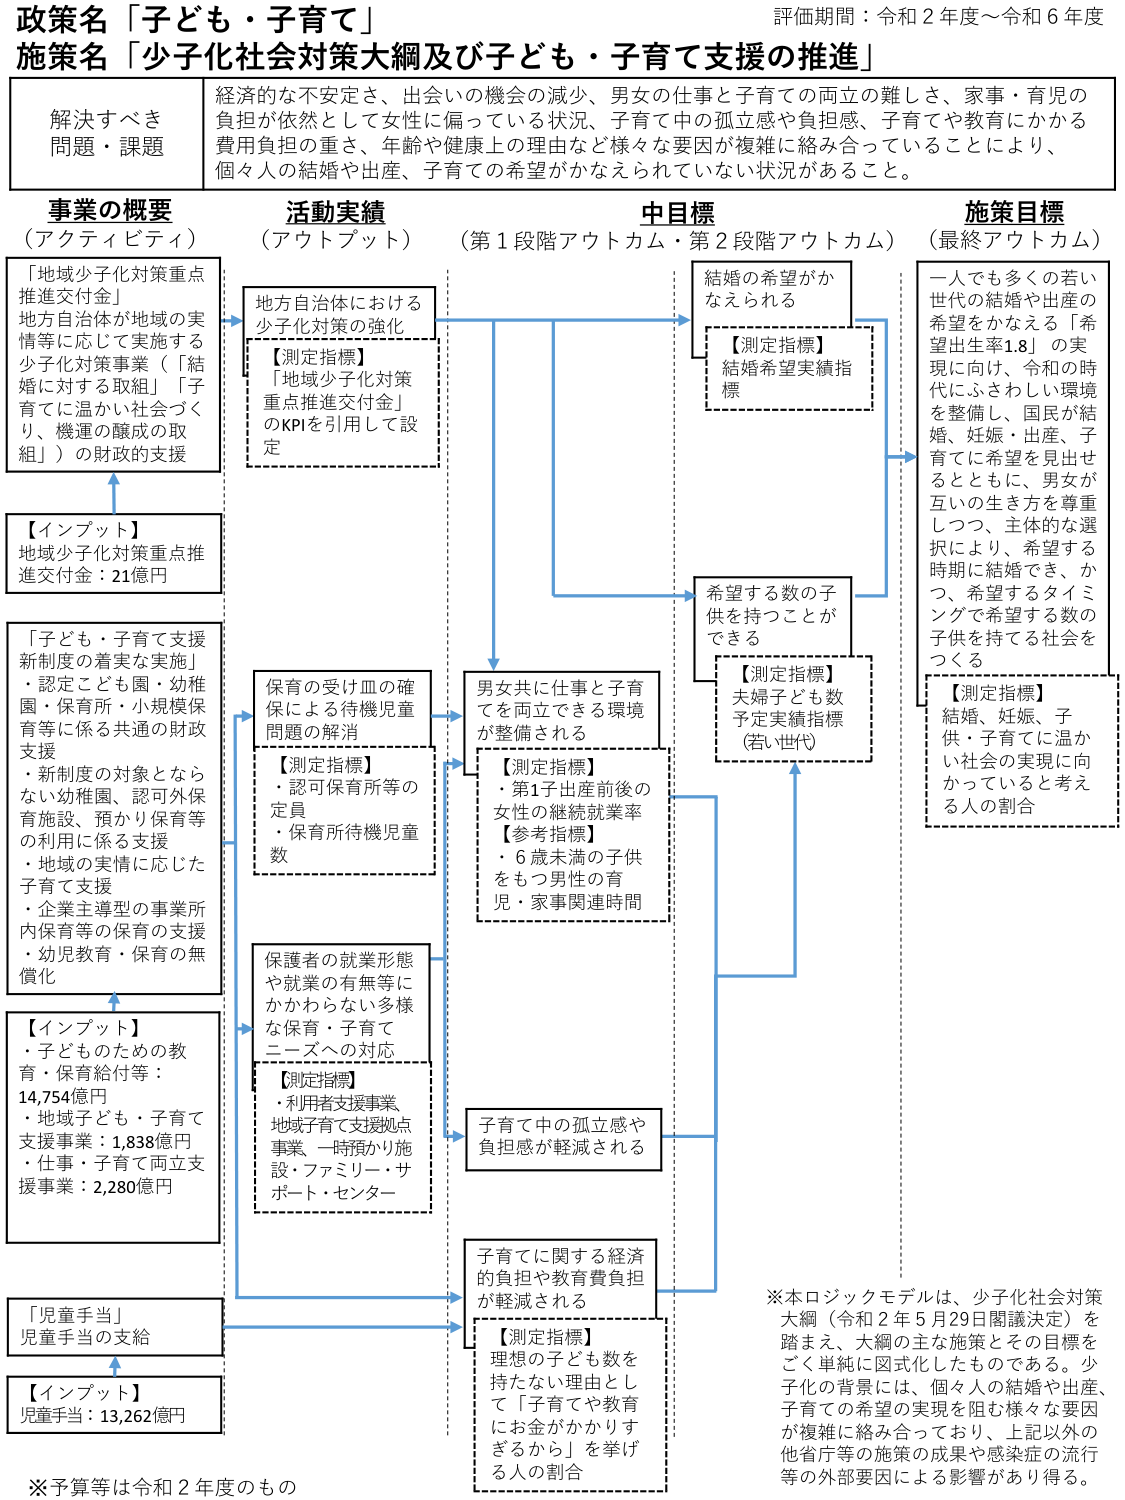
政策名「子ども・子育て」
施策名「少子化社会対策大綱及び子ども・子育て支援の推進」
評価期間：令和２年度～令和６年度

解決すべき
問題・課題
経済的な不安定さ、出会いの機会の減少、男女の仕事と子育ての両立の難しさ、家事・育児の負担が依然として女性に偏っている状況、子育て中の孤立感や負担感、子育てや教育にかかる費用負担の重さ、年齢や健康上の理由など様々な要因が複雑に絡み合っていることにより、個々人の結婚や出産、子育ての希望がかなえられていない状況があること。

事業の概要
（アクティビティ）
「地域少子化対策重点推進交付金」
地方自治体が地域の実情等に応じて実施する少子化対策事業（「結婚に対する取組」「子育てに温かい社会づくり、機運の醸成の取組」）の財政的支援

【インプット】
地域少子化対策重点推進交付金：21億円

「子ども・子育て支援新制度の着実な実施」
・認定こども園・幼稚園・保育所・小規模保育等に係る共通の財政支援
・新制度の対象とならない幼稚園、認可外保育施設、預かり保育等の利用に係る支援
・地域の実情に応じた子育て支援
・企業主導型の事業所内保育等の保育の支援
・幼児教育・保育の無償化

【インプット】
・子どものための教育・保育給付等：14,754億円
・地域子ども・子育て支援事業：1,838億円
・仕事・子育て両立支援事業：2,280億円

「児童手当」
児童手当の支給

【インプット】
児童手当：13,262億円

活動実績
（アウトプット）
地方自治体における少子化対策の強化
【測定指標】
「地域少子化対策重点推進交付金」のKPIを引用して設定

保育の受け皿の確保による待機児童問題の解消
【測定指標】
・認可保育所等の定員
・保育所待機児童数

保護者の就業形態や就業の有無等にかかわらない多様な保育・子育てニーズへの対応
【測定指標】
・利用者支援事業、地域子育て支援拠点事業、一時預かり施設・ファミリー・サポート・センター

中目標
（第1段階アウトカム・第2段階アウトカム）
結婚の希望がかなえられる
【測定指標】
結婚希望実績指標

希望する数の子供を持つことができる
【測定指標】
夫婦子ども数予定実績指標（若い世代）

男女共に仕事と子育てを両立できる環境が整備される
【測定指標】
・第1子出産前後の女性の継続就業率
【参考指標】
・6歳未満の子供をもつ男性の育児・家事関連時間

子育て中の孤立感や負担感が軽減される

子育てに関する経済的負担や教育費負担が軽減される
【測定指標】
理想の子ども数を持たない理由として「お金がかかるから」や「教育にお金がかかるから」を挙げる人の割合

施策目標
（最終アウトカム）
一人でも多くの若い世代の結婚や出産の希望をかなえる「希望出生率1.8」の実現に向け、令和の時代にふさわしい環境を整備し、国民が結婚、妊娠・出産、子育てに希望を見出せるとともに、男女が互いの生き方を尊重しつつ、主体的な選択により、希望する時期に結婚でき、かつ、希望するタイミングで希望する数の子供を持つ社会をつくる

【測定指標】
結婚、妊娠、子供・子育てに温かい社会の実現に向かっていると考える人の割合

※本ロジックモデルは、少子化社会対策大綱（令和2年5月29日閣議決定）を踏まえ、大綱の主な施策とその目標をごく単純に図式化したものである。少子化の背景には、個々人の結婚や出産、子育ての希望の実現を阻む様々な要因が複雑に絡み合っており、上記以外の他省庁等の施策の成果や感染症の流行等の外部要因による影響があり得る。

※予算等は令和2年度のもの